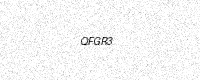
Text: QFGR3